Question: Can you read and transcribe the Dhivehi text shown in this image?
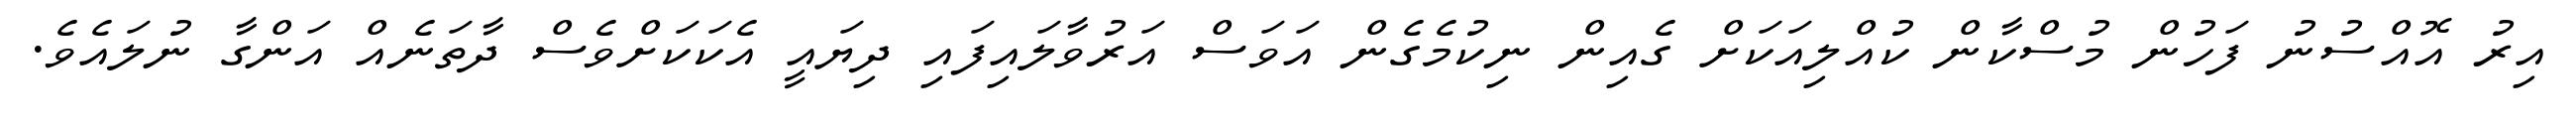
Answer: އިރު އޮއްސުނު ފަހުން މުސްކާން ކުއްލިއަކަށް ގެއިން ނިކުމެގެން އަވަސް އަރުވާލައިފައި ދިޔައީ އެކަކަށްވެސް ދާތަނެއް އަންގާ ނުލައެވެ.